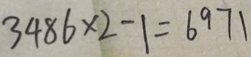
2 4 8 6 \times 2 - 1 = 6 9 7 1